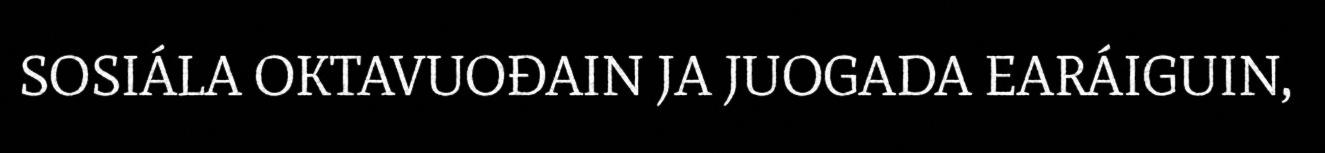
SOSIÁLA OKTAVUOĐAIN JA JUOGADA EARÁIGUIN,